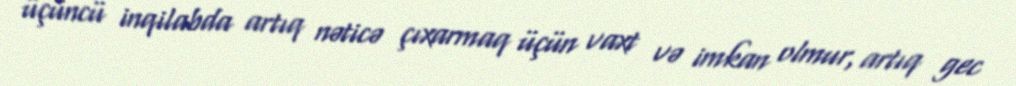
üçüncü inqilabda artıq nəticə çıxarmaq üçün vaxt və imkan olmur, artıq gec